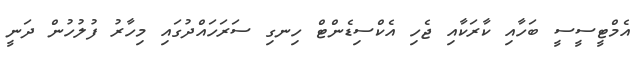
އެމްޓީސީސީ ބަހާއި ކާރަކާއި ޖެހި އެކްސިޑެންޓް ހިނގި ސަރަހައްދުގައި މިހާރު ފުލުހުން ދަނީ